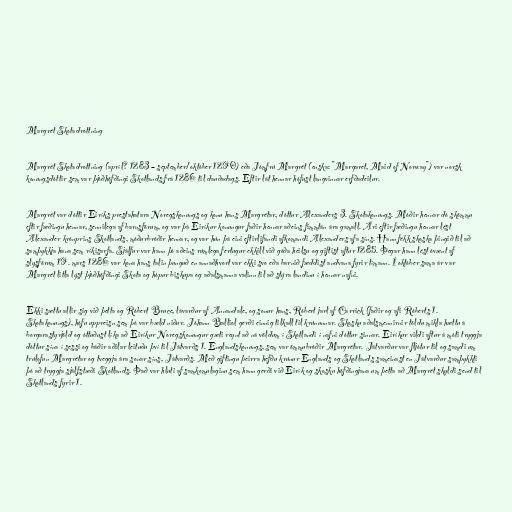
Margrét Skotadrottning

Margrét Skotadrottning (apríl? 1283 – september/október 1290) eða Jómfrú Margrét (enska: "Margaret, Maid of Norway") var norsk
konungsdóttir sem var þjóðhöfðingi Skotlands frá 1286 til dauðadags. Eftir lát hennar hófust langvinnar erfðadeilur.

Margrét var dóttir Eiríks prestahatara Noregskonungs og konu hans Margrétar, dóttur Alexanders 3. Skotakonungs. Móðir hennar dó skömmu
eftir fæðingu hennar, sennilega af barnsförum, og var þá Eiríkur konungur faðir hennar aðeins fimmtán ára gamall. Ári eftir fæðingu hennar lést
Alexander krónprins Skotlands, móðurbróðir hennar, og var hún þá eini eftirlifandi afkomandi Alexanders afa síns. Hann fékk skoska þingið til að
samþykkja hana sem ríkisarfa. Sjálfur var hann þó aðeins rúmlega fertugur ekkill við góða heilsu og giftist aftur 1285. Þegar hann lést óvænt af
slysförum 19. mars 1286 var kona hans talin þunguð en annaðhvort var ekki svo eða barnið fæddist andvana fyrir tímann. Í október sama ár var
Margrét litla lýst þjóðhöfðingi Skota og hópur biskupa og aðalsmanna valinn til að stýra landinu í hennar nafni.

Ekki sættu allir sig við þetta og Róbert Bruce, lávarður af Annandale, og sonur hans, Róbert jarl af Carrick (faðir og afi Róberts 1.
Skotakonungs), hófu uppreisn sem þó var bæld niður. Jóhann Balliol gerði einnig tilkall til krúnunnar. Skosku aðalsmennirnir töldu mikla hættu á
borgarastyrjöld og óttuðust líka að Eiríkur Noregskonungur gæti reynt að ná völdum í Skotlandi í nafni dóttur sinnar. Eiríkur vildi aftur á móti tryggja
dóttur sína í sessi og báðir aðilar leituðu því til Játvarðs 1. Englandskonungs, sem var ömmubróðir Margrétar. Játvarður var fljótur til og samdi um
trúlofun Margrétar og tveggja ára sonar síns, Játvarðs. Með giftingu þeirra hefðu krúnur Englands og Skotlands sameinast en Játvarður samþykkti
þó að tryggja sjálfstæði Skotlands. Það var hluti af samkomulaginu sem hann gerði við Eirík og skosku höfðingjana um þetta að Margrét skyldi send til
Skotlands fyrir 1.